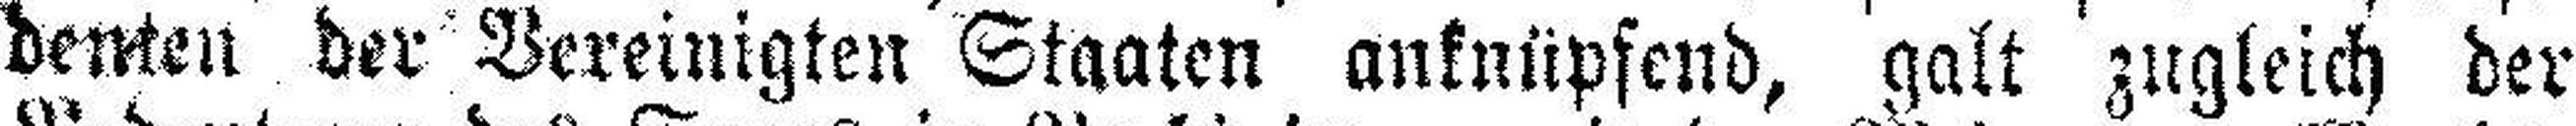
denten der Vereinigten Staaten anknüpfend, galt zugleich der